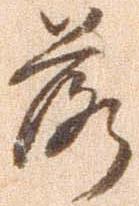
落